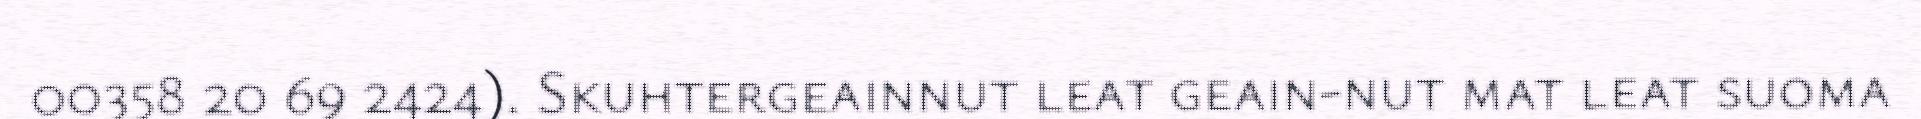
00358 20 69 2424). Skuhtergeainnut leat geain-nut mat leat suoma